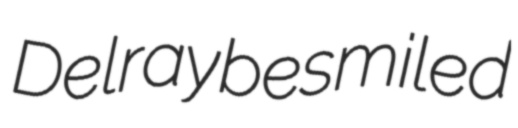
Delray besmiled